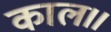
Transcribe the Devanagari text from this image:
काल।।